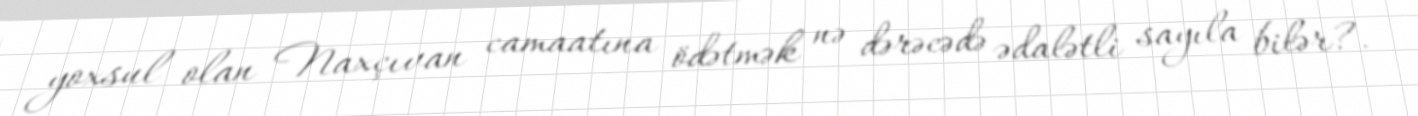
yoxsul olan Naxçıvan camaatına ödətmək nə dərəcədə ədalətli sayıla bilər?.